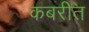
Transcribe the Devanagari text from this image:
कबरीत